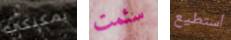
يمكنكي سئمت أستطيع